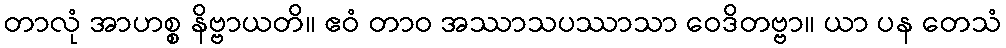
တာလုံ အာဟစ္စ နိဗ္ဗာယတိ။ ဧဝံ တာဝ အဿာသပဿာသာ ဝေဒိတဗ္ဗာ။ ယာ ပန တေသံ